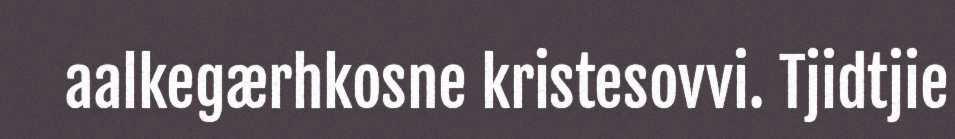
aalkegærhkosne kristesovvi. Tjidtjie